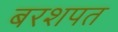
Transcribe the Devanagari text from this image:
बरशपत